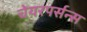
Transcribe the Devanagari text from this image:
चेयरपर्सन्स